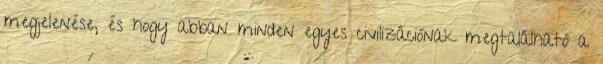
megjelenése, és hogy abban minden egyes civilizációnak megtalálható a